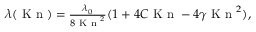
\begin{array} { r } { \lambda ( \textrm { K n } ) = \frac { \lambda _ { 0 } } { 8 \textrm { K n } ^ { 2 } } ( 1 + 4 C \textrm { K n } - 4 \gamma \textrm { K n } ^ { 2 } ) , } \end{array}